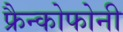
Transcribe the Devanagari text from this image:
फ्रैन्कोफोनी